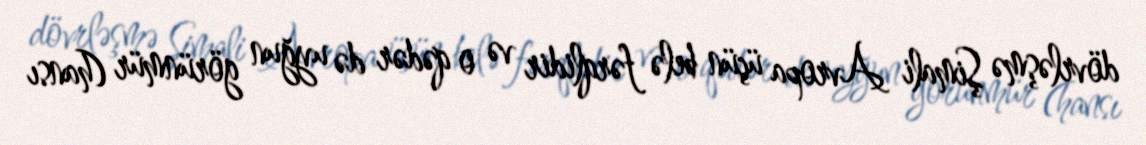
dövrləşmə Şimali Avropa üçün belə fərqlidir və o qədər də uyğun görünmür (hansı